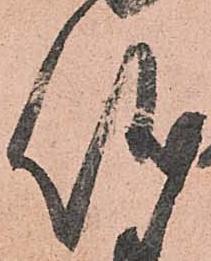
儀